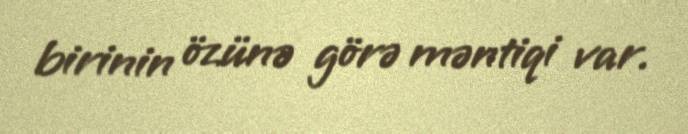
birinin özünə görə məntiqi var.